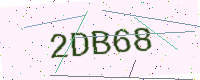
Text: 2DB68